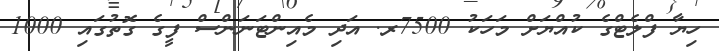
ހިޔާ ފްލެޓްގެ ކުއްޔަށް މަހަކު 7500ރ. އަދި މެއިންޓަނަންސް ފީގެ ގޮތުގައި 1000